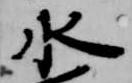
水